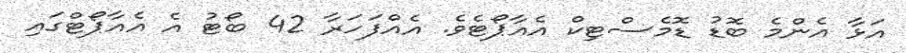
އަޅާ އެންމެ ބޮޑު ޑޮމެސްޓިކް އެއާޕޯޓެވެ. އެއްފަހަރާ 42 ބޯޓު އެ އެއާޕޯޓްގައި